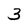
Character: 3